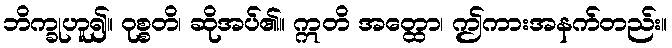
ဘိက္ခုဟူ၍။ ဝုစ္စတိ၊ ဆိုအပ်၏။ ဣတိ အတ္ထော၊ ဤကားအနက်တည်း။